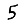
Digit: 5